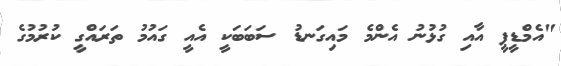
"އެމްޑީޕީ އާއި ގުޅުނު އެންމެ މައިގަނޑު ސަބަބަކީ އެއީ ގައުމު ތަރައްގީ ކުރުމުގެ